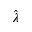
\hat { \lambda }